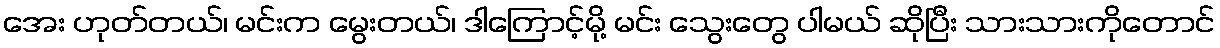
အေး ဟုတ်တယ်၊ မင်းက မွေးတယ်၊ ဒါကြောင့်မို့ မင်း သွေးတွေ ပါမယ် ဆိုပြီး သားသားကိုတောင်